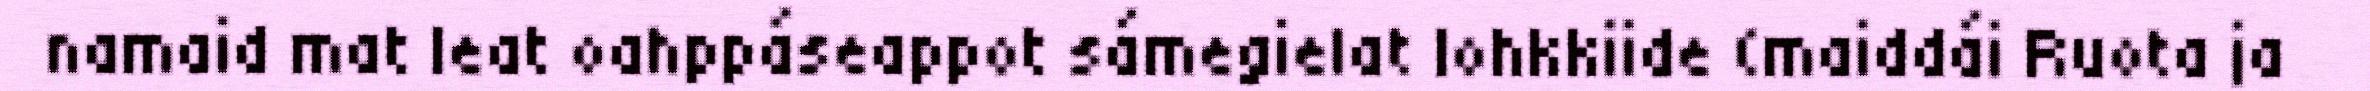
namaid mat leat oahppáseappot sámegielat lohkkiide (maiddái Ruota ja